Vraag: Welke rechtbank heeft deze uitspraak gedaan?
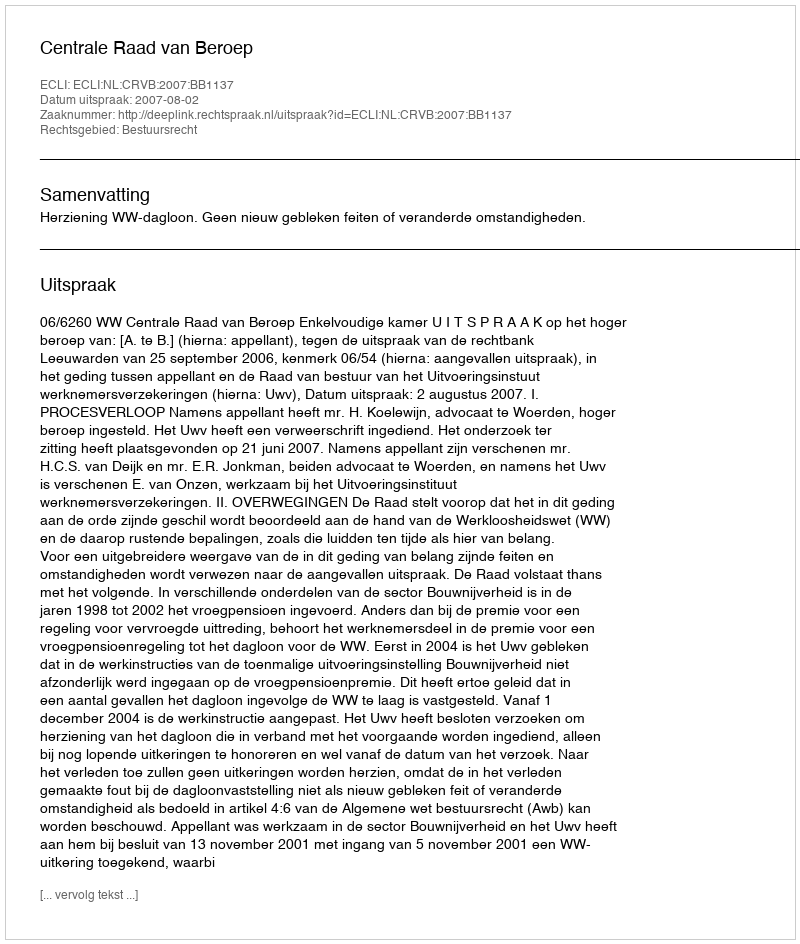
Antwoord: Centrale Raad van Beroep